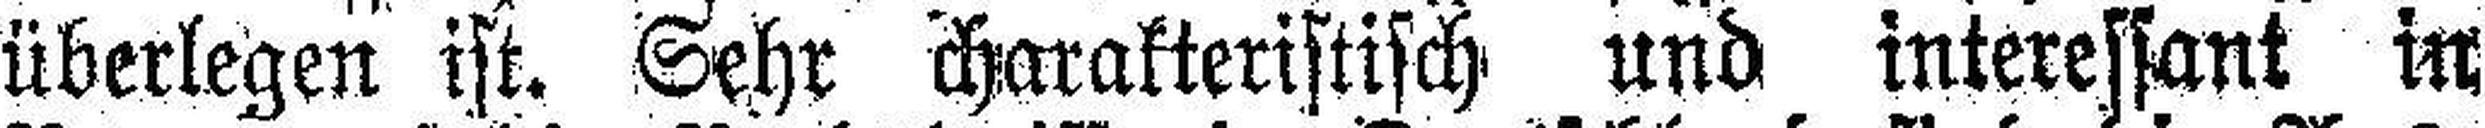
überlegen ist. Sehr charakteristisch und interessant in